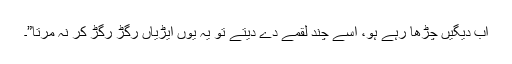
اب دیگیں چڑھا رہے ہو، اسے چند لقمے دے دیتے تو یہ یوں ایڑیاں رگڑ رگڑ کر نہ مرتا”۔